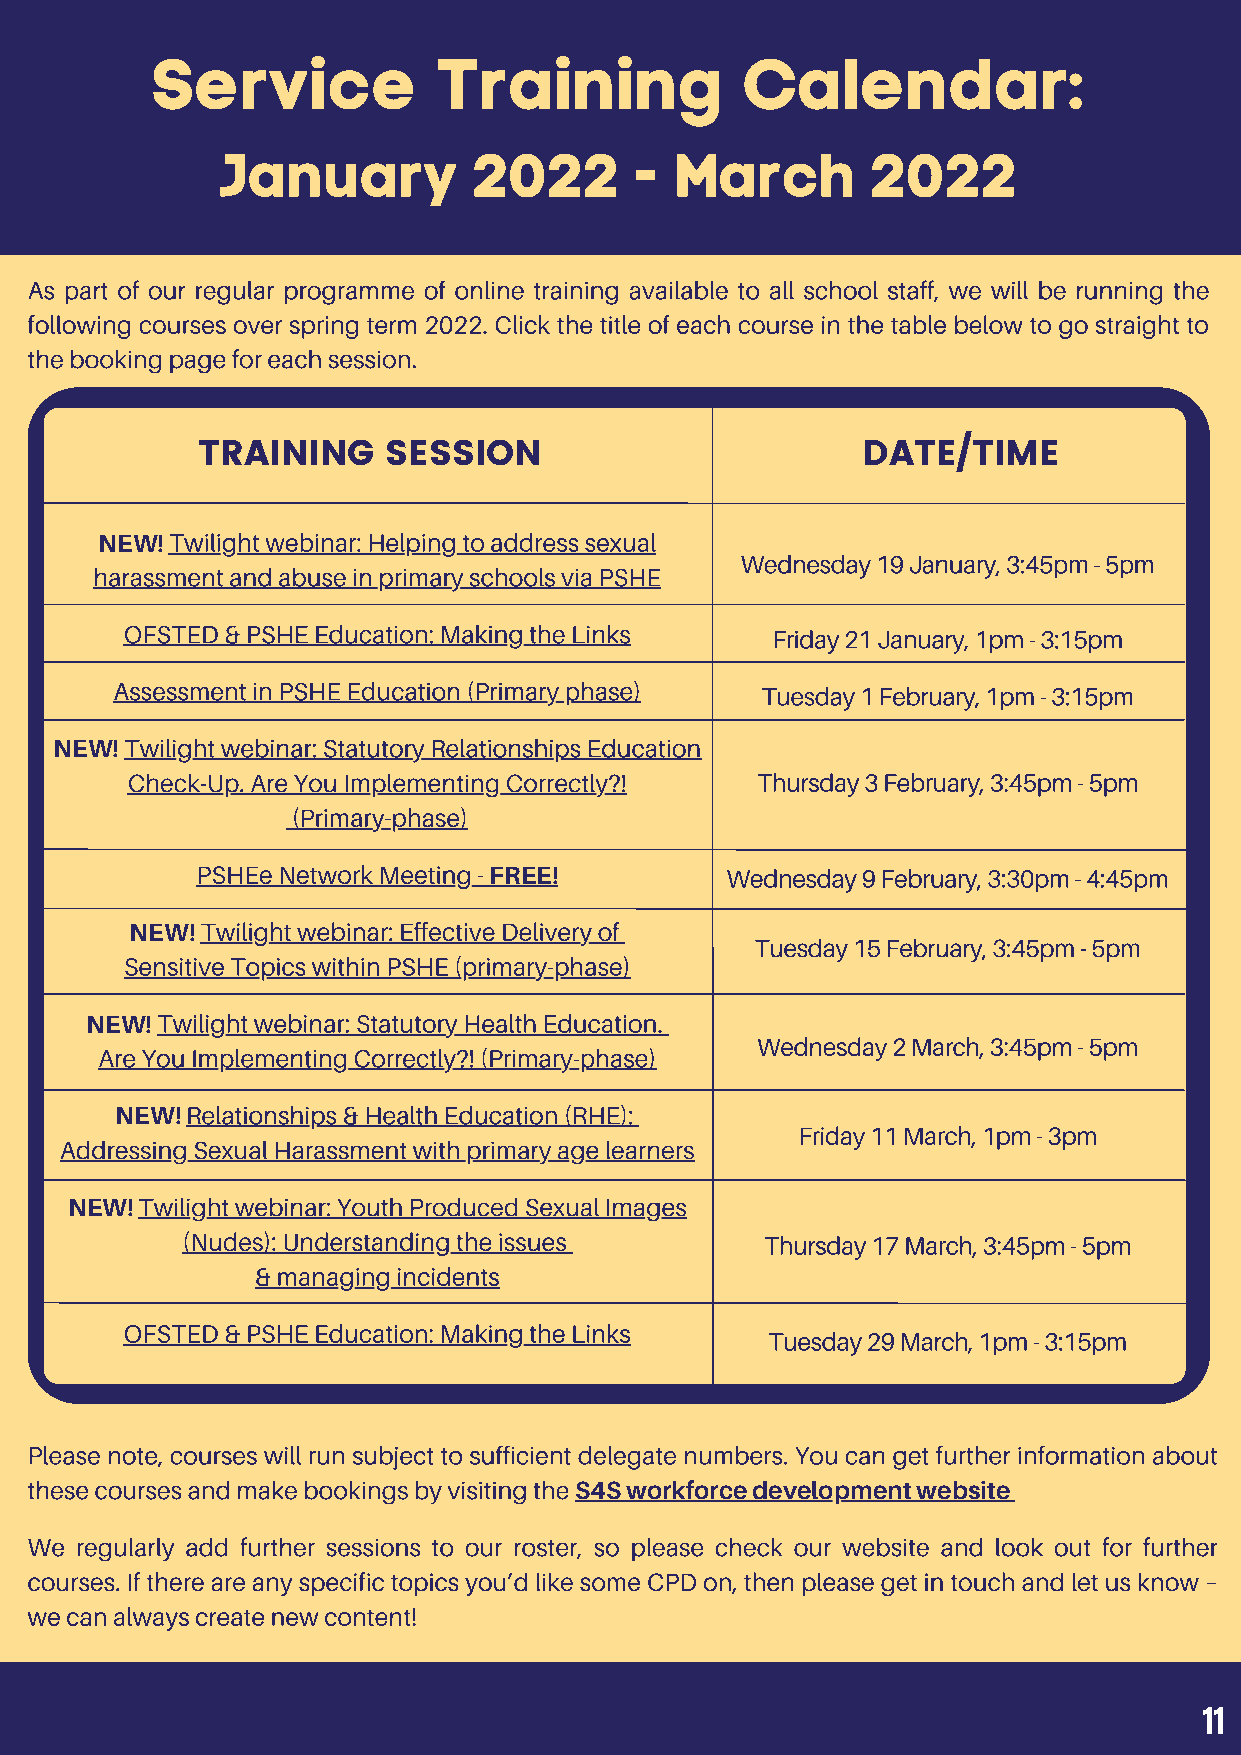
Service            Training            Calendar:
 January         2022       -  March        2022
 As part of our regular programme of online training available to all school staff, we will be running the
 following courses over spring term 2022. Click the title of each course in the table below to go straight to
 the booking page for each session.
 TRAINING    SESSION                         DATE/TIME
 NEW! Twilight webinar: Helping to address sexual
 Wednesday 19 January, 3:45pm - 5pm
 harassment and abuse in primary schools via PSHE
 OFSTED & PSHE Education: Making the Links  Friday 21 January, 1pm - 3:15pm
 Assessment in PSHE Education (Primary phase) Tuesday 1 February, 1pm - 3:15pm
 NEW! Twilight webinar: Statutory Relationships Education
 Check-Up. Are You Implementing Correctly?! Thursday 3 February, 3:45pm - 5pm
 (Primary-phase)
 PSHEe Network Meeting - FREE!      Wednesday 9 February, 3:30pm - 4:45pm
 NEW! Twilight webinar: Effective Delivery of
 Tuesday 15 February, 3:45pm - 5pm
 Sensitive Topics within PSHE (primary-phase)
 NEW! Twilight webinar: Statutory Health Education.
 Wednesday 2 March, 3:45pm - 5pm
 Are You Implementing Correctly?! (Primary-phase)
 NEW! Relationships & Health Education (RHE):
 Friday 11 March, 1pm - 3pm
 Addressing Sexual Harassment with primary age learners
 NEW! Twilight webinar: Youth Produced Sexual Images
 (Nudes): Understanding the issues      Thursday 17 March, 3:45pm - 5pm
 & managing incidents
 OFSTED & PSHE Education: Making the Links
 Tuesday 29 March, 1pm - 3:15pm
 Please note, courses will run subject to sufficient delegate numbers. You can get further information about
 these courses and make bookings by visiting the S4S workforce development website
 We regularly add further sessions to our roster, so please check our website and look out for further
 courses. If there are any specific topics you’d like some CPD on, then please get in touch and let us know –
 we can always create new content!
 11